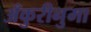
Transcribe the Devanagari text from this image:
अँकुरीनुमा